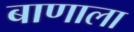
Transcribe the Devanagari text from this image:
बाणाला